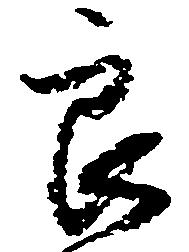
良